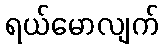
ရယ်မောလျက်